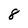
Character: 8